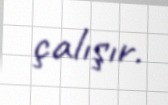
çalışır.